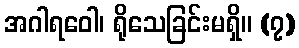
အဂါရဝေါ၊ ရိုသေခြင်းမရှိ။ (၇)